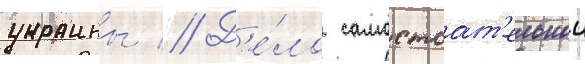
украины // Д'е́ло самостоат'ельнои